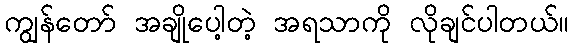
ကျွန်တော် အချိုပေါ့တဲ့ အရသာကို လိုချင်ပါတယ်။